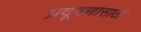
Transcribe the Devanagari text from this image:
प्रदूषणासाठी